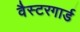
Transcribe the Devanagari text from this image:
वैस्टरगार्ड